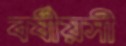
বর্ষীয়সী